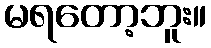
မရတော့ဘူး။